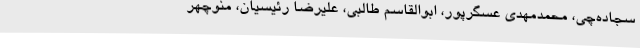
سجاده‌چی، محمدمهدی عسگرپور، ابوالقاسم طالبی، علیرضا رئیسیان، منوچهر